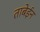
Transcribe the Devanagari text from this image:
ताबेईन